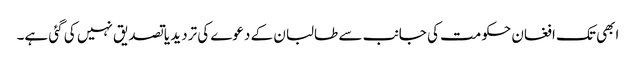
ابھی تک افغان حکومت کی جانب سے طالبان کے دعوے کی تردید یا تصدیق نہیں کی گئی ہے۔